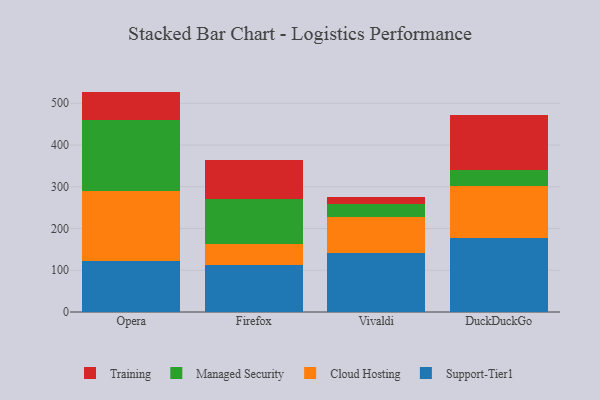
{"axis": {"x": "Browser", "y": "Churn Rate (%)"}, "legend": ["Cloud Hosting", "Managed Security", "Support-Tier1", "Training"], "data": [{"x": "Opera", "y": 122.2, "type": "Support-Tier1"}, {"x": "Opera", "y": 167.4, "type": "Cloud Hosting"}, {"x": "Opera", "y": 169.2, "type": "Managed Security"}, {"x": "Opera", "y": 69.2, "type": "Training"}, {"x": "Firefox", "y": 113.1, "type": "Support-Tier1"}, {"x": "Firefox", "y": 51.0, "type": "Cloud Hosting"}, {"x": "Firefox", "y": 107.4, "type": "Managed Security"}, {"x": "Firefox", "y": 93.4, "type": "Training"}, {"x": "Vivaldi", "y": 141.0, "type": "Support-Tier1"}, {"x": "Vivaldi", "y": 85.7, "type": "Cloud Hosting"}, {"x": "Vivaldi", "y": 31.7, "type": "Managed Security"}, {"x": "Vivaldi", "y": 17.6, "type": "Training"}, {"x": "DuckDuckGo", "y": 176.6, "type": "Support-Tier1"}, {"x": "DuckDuckGo", "y": 126.2, "type": "Cloud Hosting"}, {"x": "DuckDuckGo", "y": 37.3, "type": "Managed Security"}, {"x": "DuckDuckGo", "y": 131.6, "type": "Training"}]}